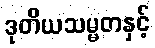
ဒုတိယသမ္မတနှင့်